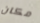
مكان